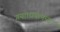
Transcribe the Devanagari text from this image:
गया।धनानन्द